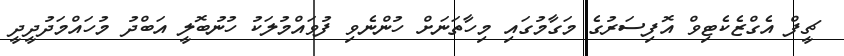
ޗީފް އެގްޒެކެޓިވް އޮފިސަރުގެ މަގާމުގައި މިހާތަނަށް ހުންނެވި ފުވައްމުލަކު ހުނުބޮލީ އަބްދު މުހައްމަދުދީދީ